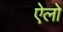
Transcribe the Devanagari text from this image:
ऐलो